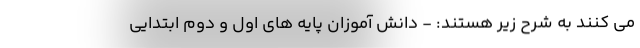
می کنند به شرح زیر هستند: - دانش آموزان پایه های اول و دوم ابتدایی